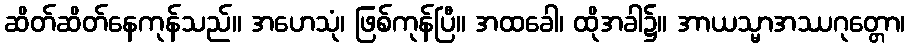
ဆိတ်ဆိတ်နေကုန်သည်။ အဟေသုံ၊ ဖြစ်ကုန်ပြီ။ အထခေါ၊ ထိုအခါ၌။ အာယသ္မာအဿဂုတ္တော၊